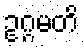
ဥဂ္ဂမတိ